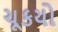
ચૂકયો